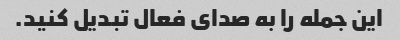
این جمله را به صدای فعال تبدیل کنید.